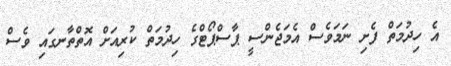
އެ ހިދުމަތް ފެށި ނަމަވެސް އެމަޖެންސީ ޕާސްޕޯޓްގެ ހިދުމަތް ކުރިއަށް އޮތްތާނގައި ވެސް